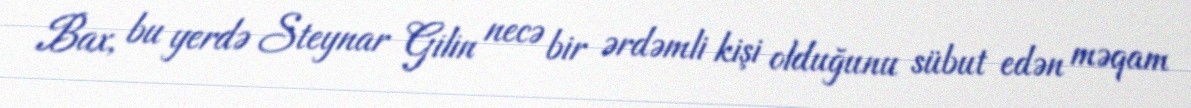
Bax, bu yerdə Steynar Gilin necə bir ərdəmli kişi olduğunu sübut edən məqam